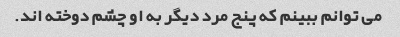
می توانم ببینم که پنج مرد دیگر به او چشم دوخته اند.